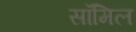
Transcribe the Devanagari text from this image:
सॉमिल